Report on sanitation, dispensaries, and jails in Rajputana for 1919, and on vaccination for the year 1919-1920 - 1919-1920
Year: 1919
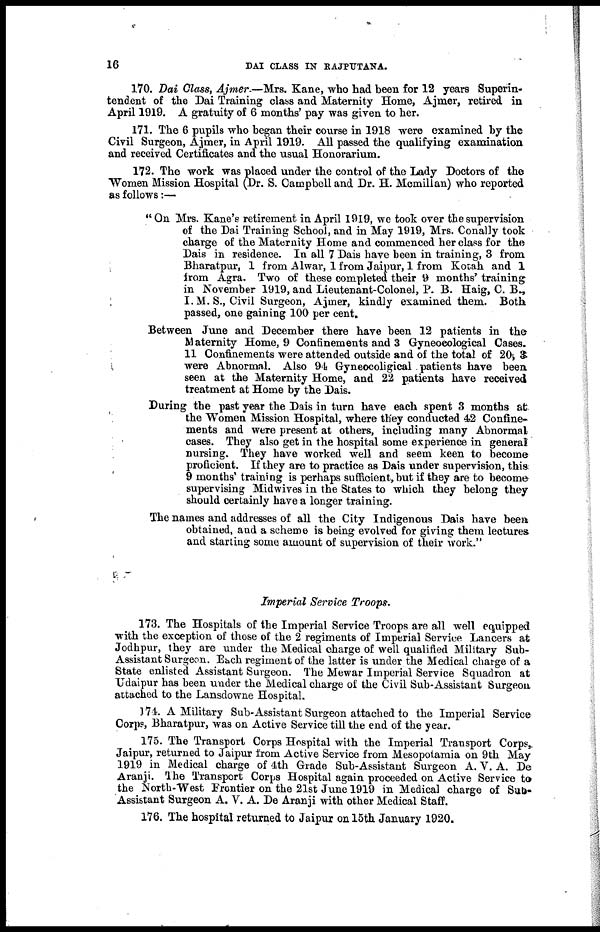
16
DAI CLASS IN RAJPUTANA.
170. Dai Class, Ajmer.—Mrs. Kane, who had been for 12 years Superin-
tendent of the Dai Training class and Maternity Home, Ajmer, retired in
April 1919. A gratuity of 6 months' pay was given to her.
171. The 6 pupils who began their course in 1918 were examined by the
Civil Surgeon, Ajmer, in April 1919. All passed the qualifying examination
and received Certificates and the usual Honorarium.
172. The work was placed under the control of the Lady Doctors of the
Women Mission Hospital (Dr. S. Campbell and Dr. H. Mcmillan) who reported
as follows:—
"On Mrs. Kane's retirement in April 1919, we took over the supervision
of the Dai Training School, and in May 1919, Mrs. Conally took
charge of the Maternity Home and commenced her class for the
Dais in residence. In all 7 Dais have been in training, 3 from
Bharatpur, 1 from Alwar, 1 from Jaipur, 1 from Kotah and 1
from Agra. Two of these completed their 9 months' training
in November 1919, and Lieutenant-Colonel, P. B. Haig, C. B.,
I.M.S., Civil Surgeon, Ajmer, kindly examined them. Both
passed, one gaining 100 per cent.
Between June and December there have been 12 patients in the
Maternity Home, 9 Confinements and 3 Gyneoeological Cases.
11 Confinements were attended outside and of the total of 20, 3
were Abnormal. Also 94 Gyneocoligical patients have been
seen at the Maternity Home, and 22 patients have received
treatment at Home by the Dais.
During the past year the Dais in turn have each spent 3 months at.
the Women Mission Hospital, where they conducted 42 Confine-
ments and were present at others, including many Abnormal
cases. They also get in the hospital some experience in general
nursing. They have worked well and seem keen to become
proficient. If they are to practice as Dais under supervision, this
9 months' training is perhaps sufficient,but if they are to become
supervising Midwives in the States to which they belong they
should certainly have a longer training.
The names and addresses of all the City Indigenous Dais have been
obtained, and a scheme is being evolved for giving them lectures
and starting some amount of supervision of their work."
Imperial Service Troops.
173. The Hospitals of the Imperial Service Troops are all well equipped
with the exception of those of the 2 regiments of Imperial Service Lancers at
Jodhpur, they are under the Medical charge of well qualified Military Sub-
Assistant Surgeon. Each regiment of the latter is under the Medical charge of a
State enlisted Assistant Surgeon. The Mewar Imperial Service Squadron at
Udaipur has been under the Medical charge of the Civil Sub-Assistant Surgeon
attached to the Lansdowne Hospital.
174. A Military Sub-Assistant Surgeon attached to the Imperial Service
Corps, Bharatpur, was on Active Service till the end of the year.
175. The Transport Corps Hospital with the Imperial Transport Corps,
Jaipur, returned to Jaipur from Active Service from Mesopotamia on 9th May
1919 in Medical charge of 4th Grade Sub-Assistant Surgeon A. V. A. De
Aranji. The Transport Corps Hospital again proceeded on Active Service to
the North-West Frontier on the 21st June 1919 in Medical charge of Sub-
Assistant Surgeon A. V. A. De Aranji with other Medical Staff.
176. The hospital returned to Jaipur on 15th January 1920.